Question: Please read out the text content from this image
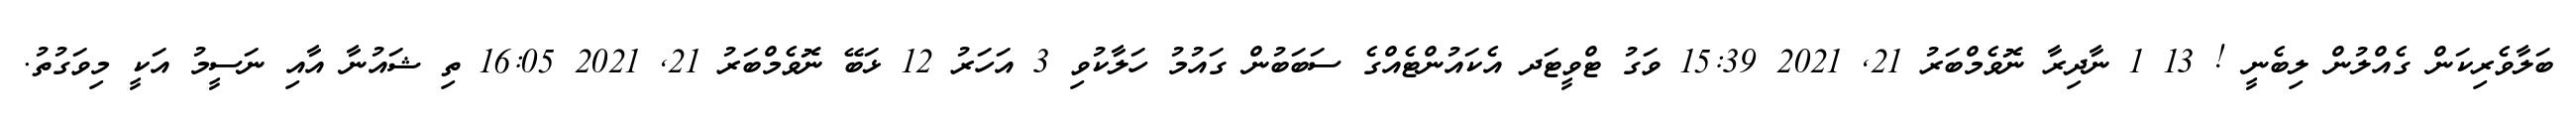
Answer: ބަލާވެރިކަން ގެއްލުން ލިބެނީ ! 13 1 ނާދިރާ ނޮވެމްބަރު 21, 2021 15:39 ވަގު ޓްވީޓަދ އެކައުންޓެއްގެ ސަބަބުން ގައުމު ހަލާކުވި 3 އަހަރު 12 ޅަބޭ ނޮވެމްބަރު 21, 2021 16:05 ތި ޝައުނާ އާއި ނަސީމު އަކީ މިވަގުތު.